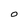
Character: O